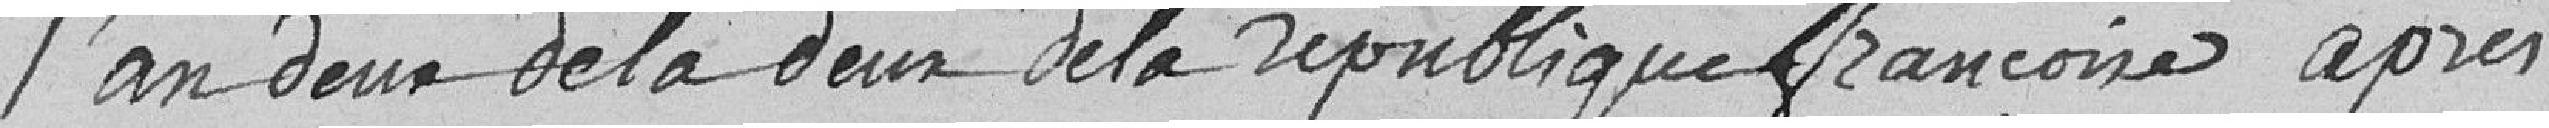
l'an deux de la deux de la république française après